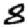
Digit: 8